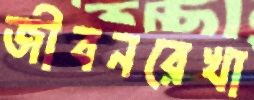
জীবনরেখা